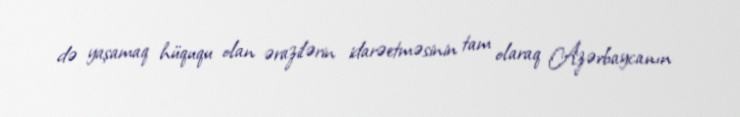
də yaşamaq hüququ olan ərazilərin idarəetməsinin tam olaraq Azərbaycanın